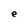
Character: e